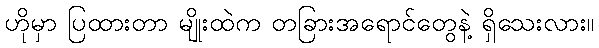
ဟိုမှာ ပြထားတာ မျိုးထဲက တခြားအရောင်တွေနဲ့ ရှိသေးလား။